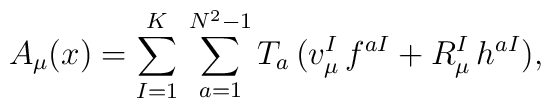
A_\mu(x)=\sum^K_{I=1}\,\sum^{N^2 -1}_{a=1} T_a\,(v_\mu^I\,f^{aI}+R_\mu^I\,h^{aI}),